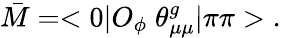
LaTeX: \bar{M}=<0|O_{\phi}\; \theta_{\mu\mu}^{g}|\pi\pi>\; .